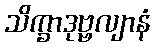
သိက္ခာဒုဗ္ဗလျာနံ